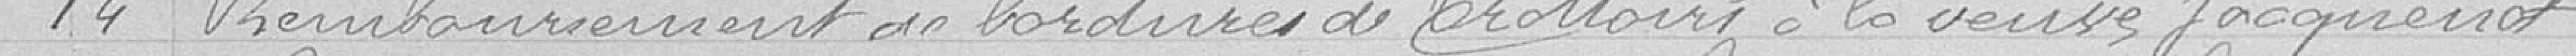
14 Remboursement de bordures de trottoirs à la veuve Jacquenot